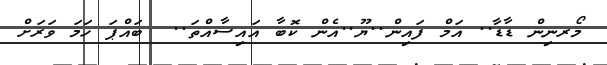
މޯރނިން ޑާޑާ.. އަމް ފައިން..ޔޫ..އެން ކޮބާ އައިސާއްތަ..  ބައްޕަ ހަމަ ވަރަށް